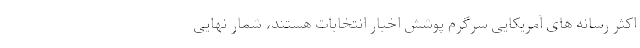
اکثر رسانه های آمریکایی سرگرم پوشش اخبار انتخابات هستند،‌ شمار نهایی